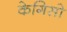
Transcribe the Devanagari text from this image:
केगिसो